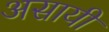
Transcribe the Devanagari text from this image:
असायी